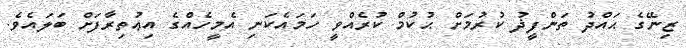
ޒިނޭގެ ޙައްދު ތަންފީޛު ކުރުމަށް ޙުކުމް ކުރެއްވީ ހަމައެކަނި އެމީހެއްގެ އިޢުތިރާފަށް ބަލައެވެ.